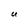
Character: U